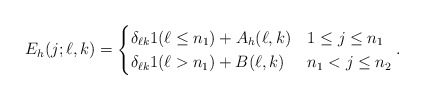
\begin{align*}E_h(j;\ell,k)=\begin{cases} \delta_{\ell k}1(\ell\le n_1)+A_h(\ell,k) & 1\le j\le n_1 \\ \delta_{\ell k}1(\ell >n_1)+B(\ell,k) & n_1<j\le n_2 \end{cases}.\end{align*}